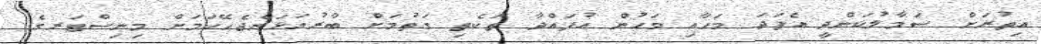
އިތުރަށް ސަމާލުކަންދީ އެފަދަ މަހާއި މަހުން އުފައްދާ ތަކެތި ގަތުމަށް ބާރުއަޅަންޖެހޭކަމަށް މިނިސްޓަރގެ